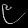
Digit: ၉